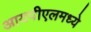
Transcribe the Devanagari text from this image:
आयपीएलमध्ये